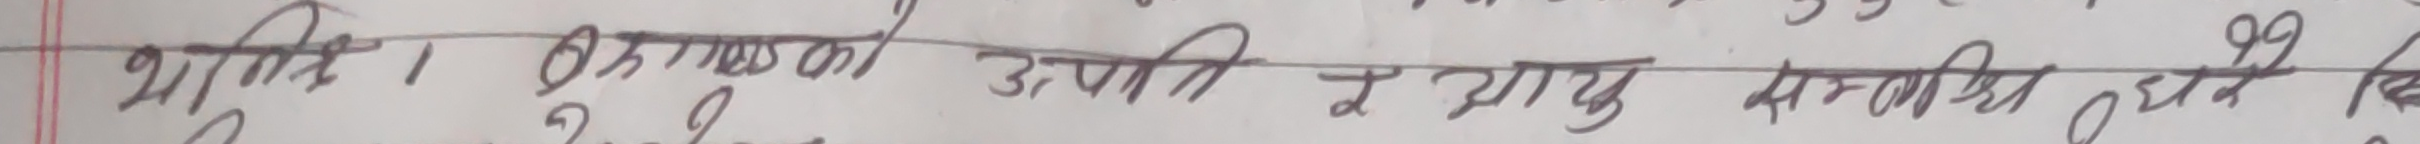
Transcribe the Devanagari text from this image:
भारि १. तिग्राको उपाती र आयु सम्बन्धि ०२२ कि